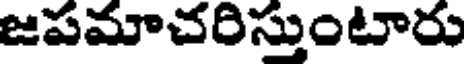
జపమాచరిస్తుంటారు